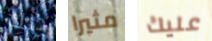
ذلك مثيرا عليك